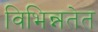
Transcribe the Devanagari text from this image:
विभिन्नतेत